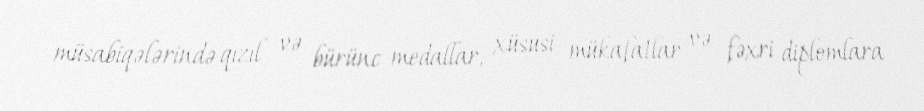
müsabiqələrində qızıl və bürünc medallar, xüsusi mükafatlar və fəxri diplomlara